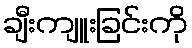
ချီးကျူးခြင်းကို